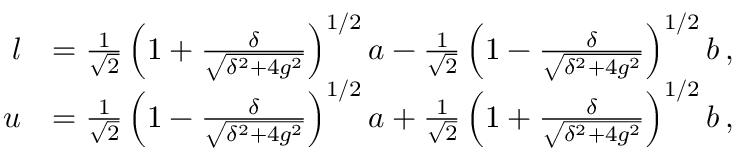
\begin{array} { r l } { l } & { = \frac { 1 } { \sqrt { 2 } } \left( 1 + \frac { \delta } { \sqrt { \delta ^ { 2 } + 4 g ^ { 2 } } } \right) ^ { 1 / 2 } a - \frac { 1 } { \sqrt { 2 } } \left( 1 - \frac { \delta } { \sqrt { \delta ^ { 2 } + 4 g ^ { 2 } } } \right) ^ { 1 / 2 } b \, , } \\ { u } & { = \frac { 1 } { \sqrt { 2 } } \left( 1 - \frac { \delta } { \sqrt { \delta ^ { 2 } + 4 g ^ { 2 } } } \right) ^ { 1 / 2 } a + \frac { 1 } { \sqrt { 2 } } \left( 1 + \frac { \delta } { \sqrt { \delta ^ { 2 } + 4 g ^ { 2 } } } \right) ^ { 1 / 2 } b \, , } \end{array}